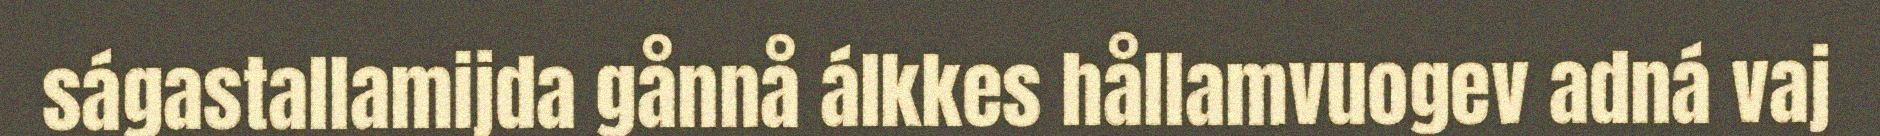
ságastallamijda gånnå álkkes hållamvuogev adná vaj